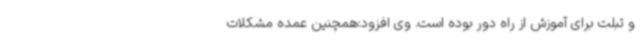
و تبلت برای آموزش از راه دور بوده است. وی افزود:همچنین عمده مشکلات